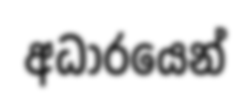
අධාරයෙන්